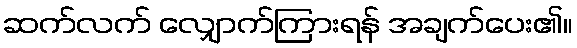
ဆက်လက် လျှောက်ကြားရန် အချက်ပေး၏။